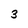
Character: 3